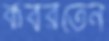
কবরতেন